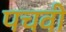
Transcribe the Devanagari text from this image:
पचवी